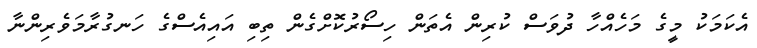
އެކަމަކު މީގެ މަހެއްހާ ދުވަސް ކުރިން އެތަން ހިސޯރުކޮށްގެން ތިބި އައިއެސްގެ ހަނގުރާމަވެރިންނާ